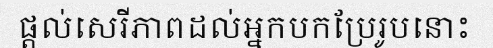
ផ្តល់សេរីភាពដល់អ្នកបកប្រែរូបនោះ